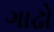
ગાઢો